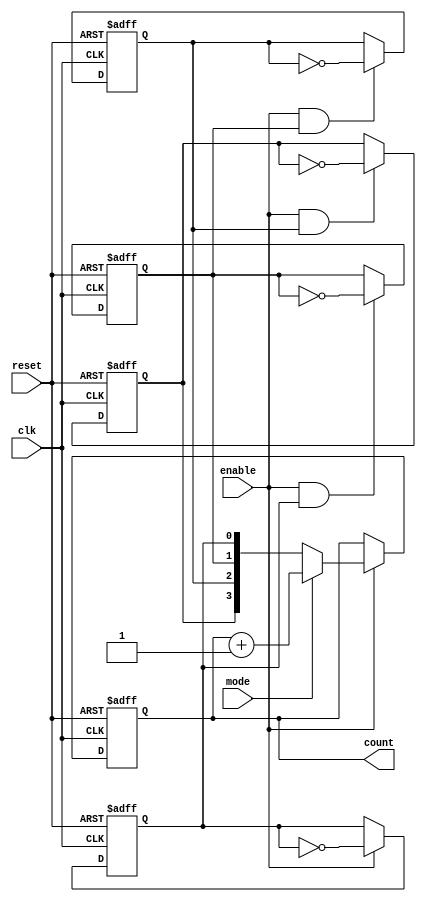
module ChainedParallelCounter #(
    parameter N = 4 // Number of bits for the counter
)(
    input wire clk,          // Clock signal
    input wire reset,        // Asynchronous reset signal
    input wire enable,       // Enable signal for counting
    input wire mode,         // Mode selection: 0 for chained, 1 for parallel
    output reg [N-1:0] count // Current count value
);

    // Chained Configuration (Ripple Counter)
    wire [N-1:0] ripple_count;
    genvar i;

    // Generate ripple counter
    generate
        for (i = 0; i < N; i = i + 1) begin : ripple_counter
            if (i == 0) begin
                // LSB toggles on clock edge
                always @(posedge clk or posedge reset) begin
                    if (reset)
                        ripple_count[i] <= 1'b0;
                    else if (enable)
                        ripple_count[i] <= ~ripple_count[i];
                end
            end else begin
                // Subsequent flip-flops toggle based on the previous flip-flop
                always @(posedge clk or posedge reset) begin
                    if (reset)
                        ripple_count[i] <= 1'b0;
                    else if (enable && ripple_count[i-1])
                        ripple_count[i] <= ~ripple_count[i];
                end
            end
        end
    endgenerate

    // Parallel Configuration (Synchronous Counter)
    wire [N-1:0] next_count;
    assign next_count = count + 1;

    // Main counting logic
    always @(posedge clk or posedge reset) begin
        if (reset) begin
            count <= 0; // Reset count to zero
        end else if (enable) begin
            if (mode) begin
                // Parallel counting
                count <= next_count;
            end else begin
                // Chained counting
                count <= ripple_count;
            end
        end
    end

endmodule